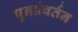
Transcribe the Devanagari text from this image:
पुनर्प्रवर्तन